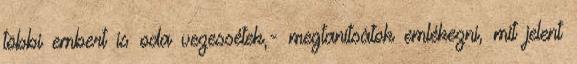
többi embert is oda vezessétek,- megtanítsátok emlékezni, mit jelent